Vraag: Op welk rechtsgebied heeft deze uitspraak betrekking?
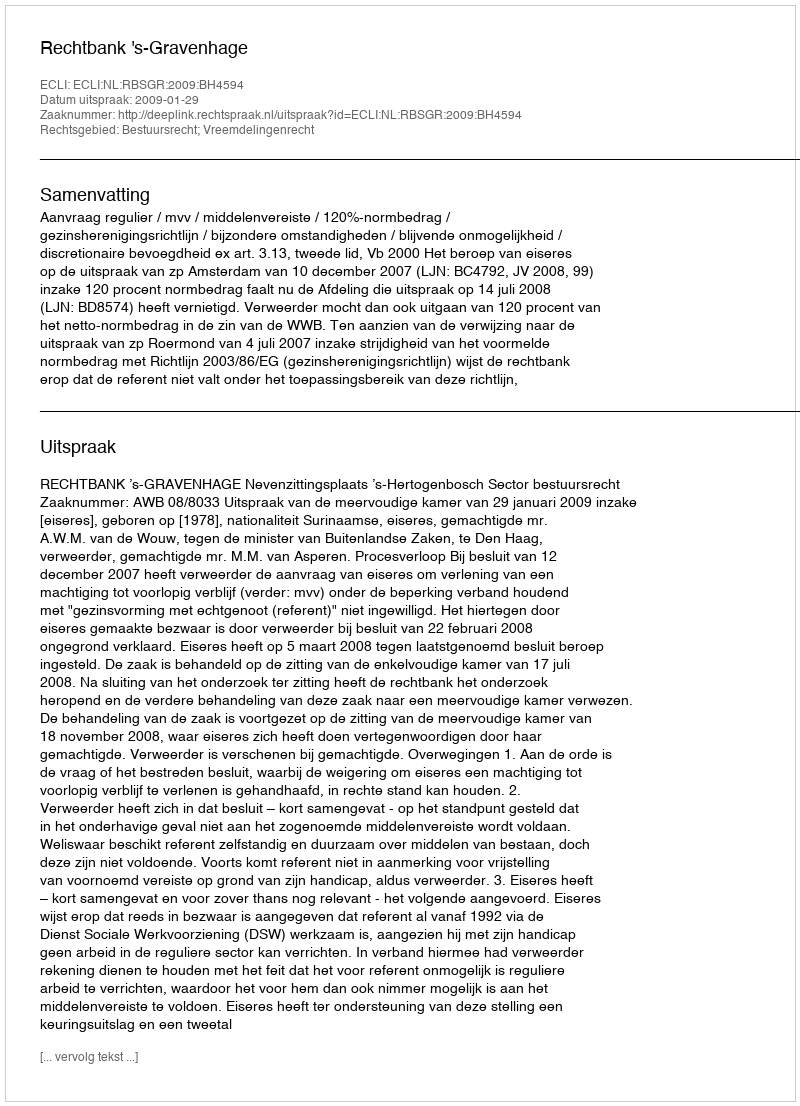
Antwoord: Bestuursrecht; Vreemdelingenrecht